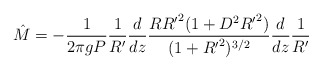
\begin{align*}{\hat M}=-\frac{1}{2\pi gP}\frac{1}{R^{\prime}}\frac{d}{dz}\frac{R{R^{\prime}}^2(1+D^2{R^{\prime}}^2)}{(1+{R^{\prime}}^2)^{3/2}}\frac{d}{dz}\frac{1}{R^{\prime}}\end{align*}